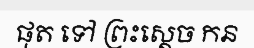
ផុត ទៅ ព្រះស្តេច កន